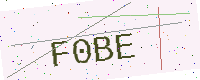
Text: F0BE